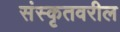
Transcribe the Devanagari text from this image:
संस्कृतवरील